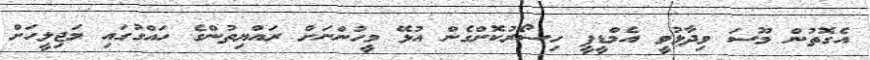
އެގޮތުން މޫސަ ވިދާޅުވީ އެމްޑީޕީ ހިސޯރުކޮށްގެން އުޅޭ މީހުންނަށް ރައްޔިތުންގެ ހައްގުގައި މަޖިލީހަށް